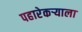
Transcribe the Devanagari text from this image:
पहारेकर्‍याला